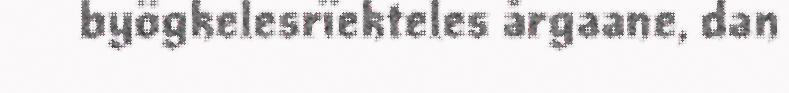
byögkelesrïekteles årgaane, dan